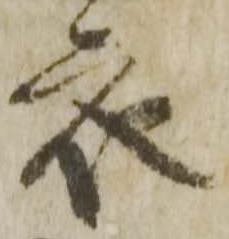
衣